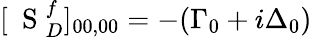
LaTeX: [\mathrm{~\mathbf~S~}_{D}^{f}]_{00,00}=-(\Gamma_{0}+i\Delta_{0})